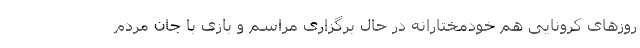
روزهای کرونایی هم خودمختارانه در حال برگزاری مراسم و بازی با جان مردم